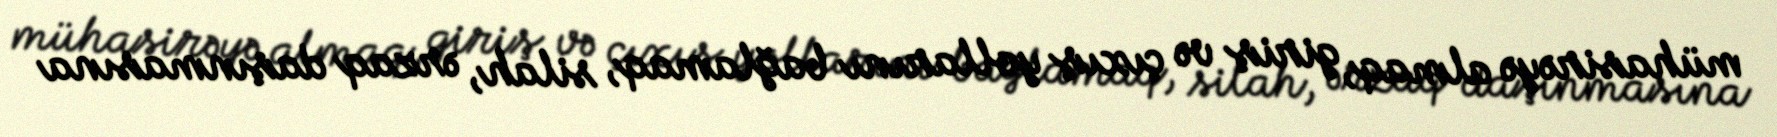
mühasirəyə almaq, giriş və çıxış yollarını bağlamaq, silah, ərzaq daşınmasına